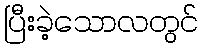
ပြီးခဲ့သောလတွင်